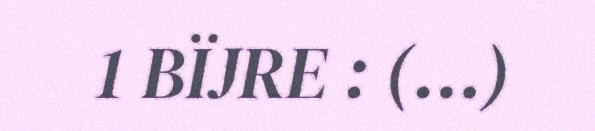
1 BÏJRE : (…)